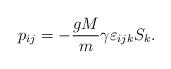
LaTeX: \begin{align*}p_{ij}=-\frac{gM}{m}\gamma\varepsilon_{ijk}S_k.\end{align*}